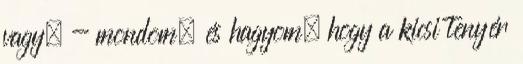
vagy. - mondom, és hagyom, hogy a kicsi tenyér